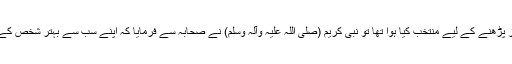
جب اس جگہ کے قریب پہنچے جسے (نبی کریم (صلی اللہ علیہ وآلہ وسلم) نے ایام جنگ میں) نماز پڑھنے کے لیے منتخب کیا ہوا تھا تو نبی کریم (صلی اللہ علیہ وآلہ وسلم) نے صحابہ سے فرمایا کہ اپنے سب سے بہتر شخص کے لیے یا (آپ (صلی اللہ علیہ وآلہ وسلم) نے یہ فرمایا) اپنے سردار کو لینے کے لیے کھڑے ہوجاؤ۔